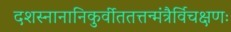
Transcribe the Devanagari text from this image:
दशस्नानानिकुर्वीततत्तन्मंत्रैर्विचक्षणः